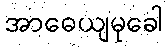
အာဓေယျမုခေါ